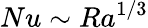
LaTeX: Nu\sim Ra^{1/3}